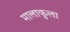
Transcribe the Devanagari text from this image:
मालाकुला